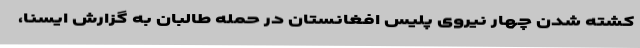
کشته شدن چهار نیروی پلیس افغانستان در حمله طالبان به گزارش ایسنا،